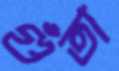
গুঁতা